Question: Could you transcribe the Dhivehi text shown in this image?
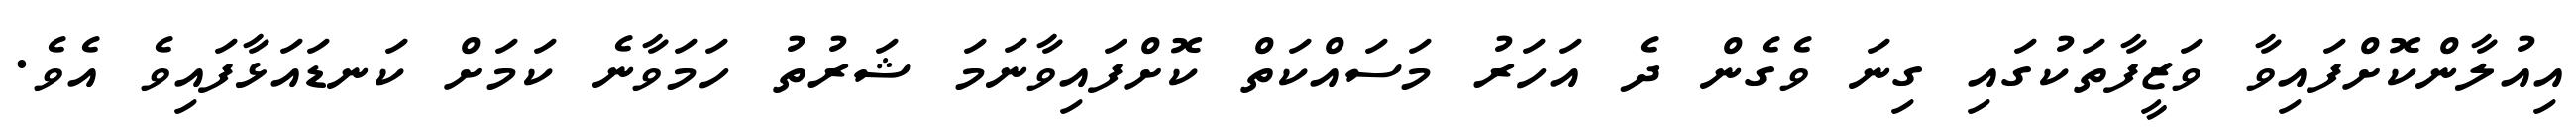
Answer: އިއުލާންކޮށްފައިވާ ވަޒީފާތަކުގައި ގިނަ ވެގެން ދެ އަހަރު މަސައްކަތް ކޮށްފައިވާނަމަ ޝަރުތު ހަމަވާނެ ކަމަށް ކަނޑައަޅާފައިވެ އެވެ.